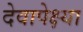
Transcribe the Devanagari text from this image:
देवापेक्ष्या